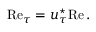
\ensuremath { \mathrm { R e } } _ { \tau } = u _ { \tau } ^ { \star } \ensuremath { \mathrm { R e } } { } \, .